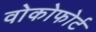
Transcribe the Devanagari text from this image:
वोकोफोर्ट